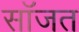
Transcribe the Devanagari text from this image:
सॉजत